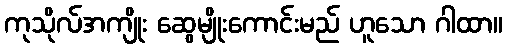
ကုသိုလ်အကျိုး ဆွေမျိုးကောင်းမည် ဟူသော ဂါထာ။